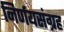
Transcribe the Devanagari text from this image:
निर्णयसंग्रह